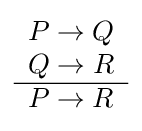
{\begin{array}{l}P\to Q\\Q\to R\\\hline P\to R\end{array}}